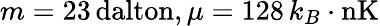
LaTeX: m=23\, {\mathrm{dalton}},\mu=128\, k_{B}\cdot{\mathrm{nK}}